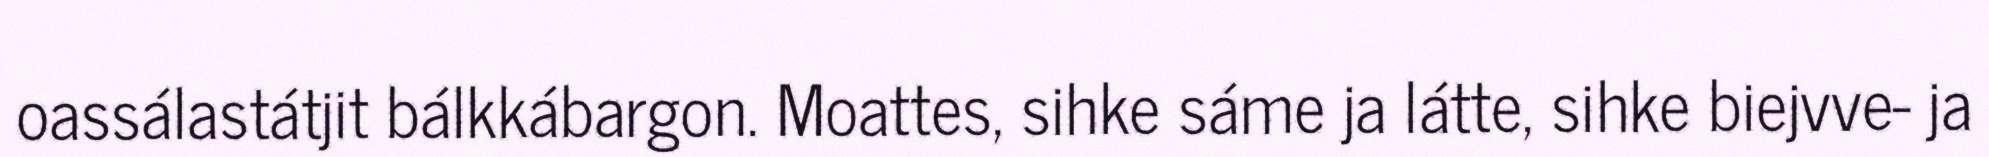
oassálastátjit bálkkábargon. Moattes, sihke sáme ja látte, sihke biejvve- ja